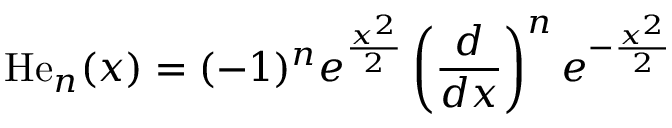
\mathrm { H e } _ { n } ( x ) = ( - 1 ) ^ { n } e ^ { \frac { x ^ { 2 } } { 2 } } \left( { \frac { d } { d x } } \right) ^ { n } e ^ { - { \frac { x ^ { 2 } } { 2 } } }